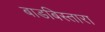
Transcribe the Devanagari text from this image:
बाडबिस्तारा